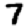
Digit: 7